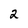
Character: 2